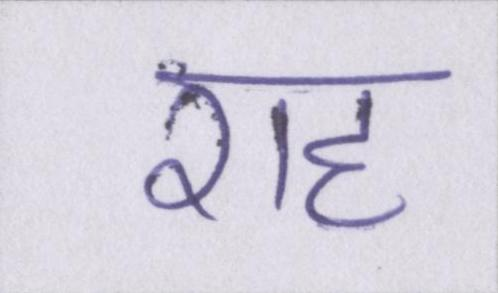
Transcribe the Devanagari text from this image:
राह